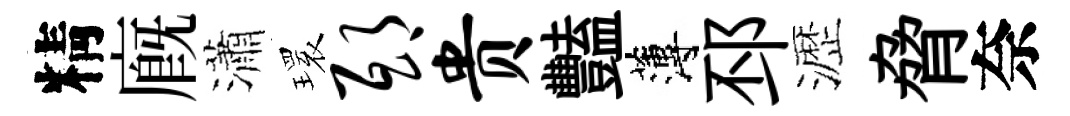
精廐瀟𤨔邸贵豔薄邳瀝脅奈